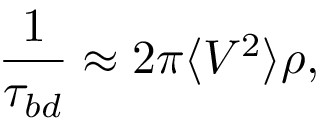
\frac { 1 } { \tau _ { b d } } \approx 2 \pi \langle V ^ { 2 } \rangle \rho ,